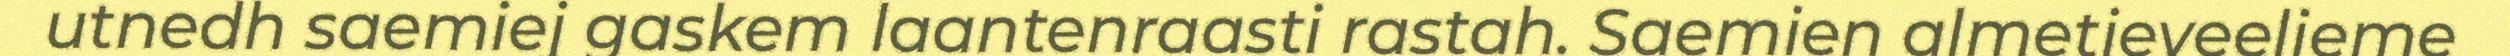
utnedh saemiej gaskem laantenraasti rastah. Saemien almetjeveeljeme